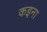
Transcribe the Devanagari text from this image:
कइना